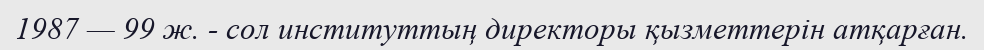
1987 — 99 ж. - сол институттың директоры қызметтерін атқарған.